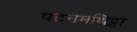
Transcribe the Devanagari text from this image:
पटनमथिट्टा